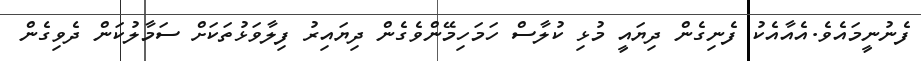
ފެނުނީމައެވެ.އެއާއެކު ފެނިގެން ދިޔައީ މުޅި ކުލާސް ހަމަހިމޭންވެގެން ދިޔައިރު ފިލާވަޅުތަކަށް ސަމާލުކަން ދެވިގެން